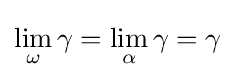
\lim _{\omega }\gamma =\lim _{\alpha }\gamma =\gamma